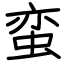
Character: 蛮